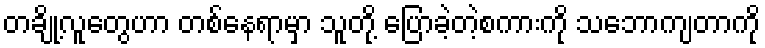
တချို့လူတွေဟာ တစ်နေရာမှာ သူတို့ ပြောခဲ့တဲ့စကားကို သဘောကျတာကို